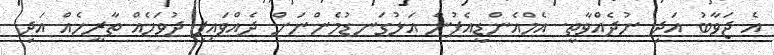
އެ ޖަވާބު އަދި ނުދެއްވާތީ. އެމްއެންޑީއެފުން އަޅުގަނޑުމެންނަށް ދެއްވައިފި ދުވަހެއް ތާރީހެއް އަދި